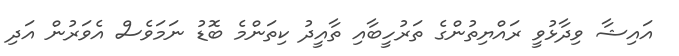
އައިޝާ ވިދާޅުވީ ރައްޔިތުންގެ ތަރުހީބާއި ތާއީދު ކިތަންމެ ބޮޑު ނަމަވެސް އެވަރުން އަދި